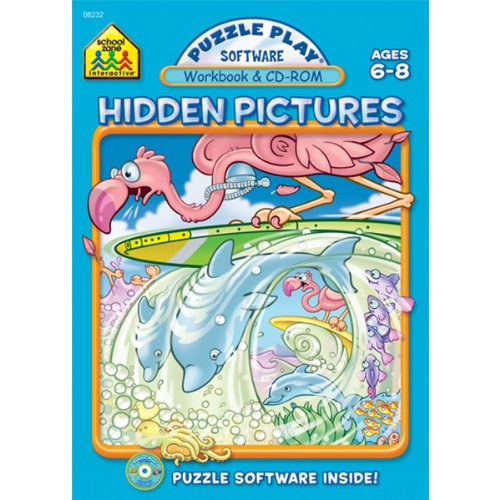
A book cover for Hidden Pictures; School Zone Interactive Staff; Children's Books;